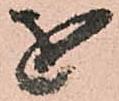
を